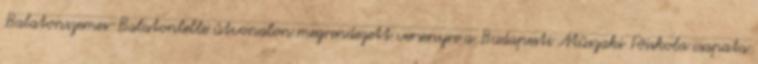
Balatonszemes-Balatonlelle útvonalon megrendezett versenyre a Budapesti Mûszaki Fõiskola csapata